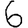
Digit: 6